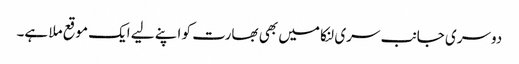
دوسری جانب سری لنکا میں بھی بھارت کو اپنے لیے ایک موقع ملا ہے۔